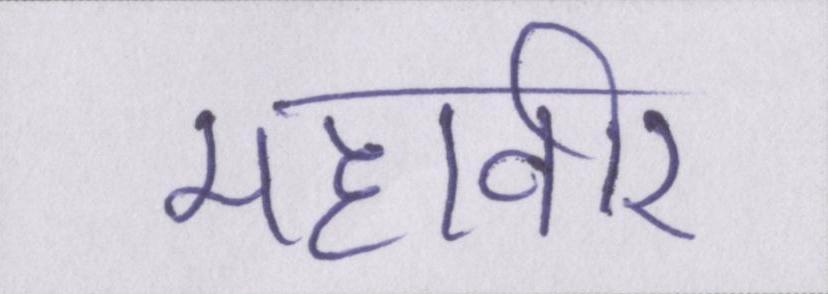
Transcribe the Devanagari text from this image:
महावीर